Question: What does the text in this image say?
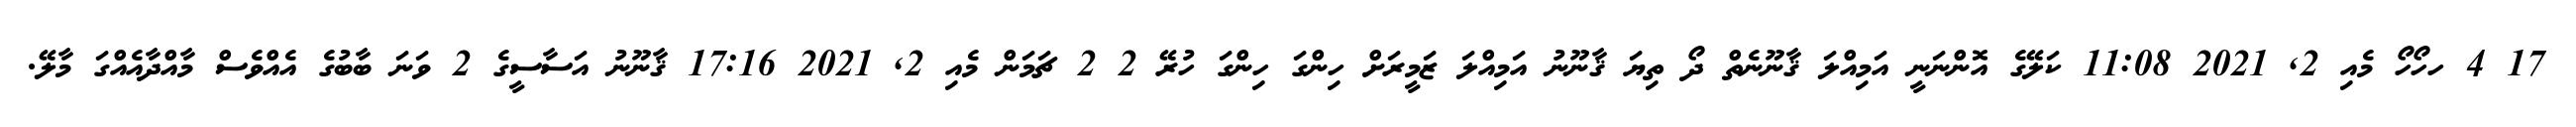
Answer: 17 4 ހހޯހޯ މެއި 2, 2021 11:08 ކަލޭގެ އޮންނަނީ އަމިއްލަ ޤާނޫނެތް ދޯ ތިޔަ ޤާނޫނު އަމިއްލަ ޒަމީރަށް ހިންގަ ހިންގަ ހުރޭ 2 2 ޗަމަން މެއި 2, 2021 17:16 ޤާނޫނު އަސާސީގެ 2 ވަނަ ބާބުގެ އެއްވެސް މާއްދާއެއްގަ މާލޭ.